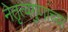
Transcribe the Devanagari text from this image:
नेतृत्वगुणांच्या